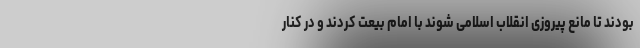
بودند تا مانع پیروزی انقلاب اسلامی شوند با امام بیعت کردند و در کنار